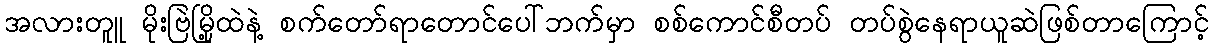
အလားတူူ မိုးဗြဲမြို့ထဲနဲ့ စက်တော်ရာတောင်ပေါ်ဘက်မှာ စစ်ကောင်စီတပ် တပ်စွဲနေရာယူဆဲဖြစ်တာကြောင့်